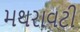
મથરાવટી